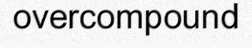
overcompound